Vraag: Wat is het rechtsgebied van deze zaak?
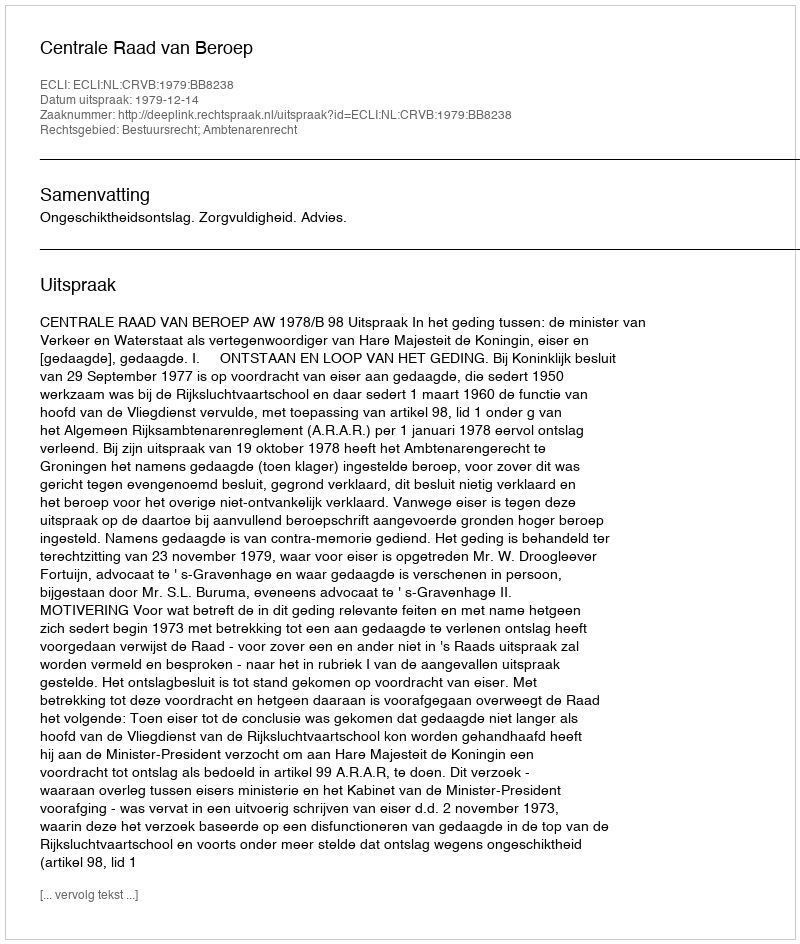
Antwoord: Bestuursrecht; Ambtenarenrecht